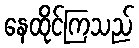
နေထိုင်ကြသည်